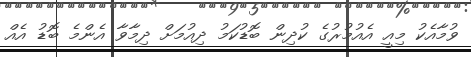
ވުމާއެކު މިއީ އެއުމުރުގެ ކުދިން ބޮޑުކަމު ދިއުމަށް ދިމާވާ އެންމެ ބޮޑު އެއް